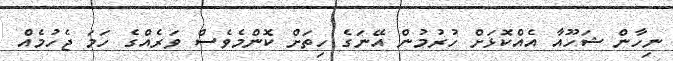
ނިހާން ޝަހޫއާ އެއްކޮޅަށް ހުރުމުން އޭނަގެ ހިތަށް ކޮންމެވެސް ވަރެއްގެ ހަމަ ޖެހުމެއް